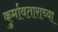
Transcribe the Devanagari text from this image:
कुर्मावताराच्या